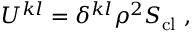
U ^ { k l } = \delta ^ { k l } \rho ^ { 2 } S _ { \mathrm { c l } } \ ,